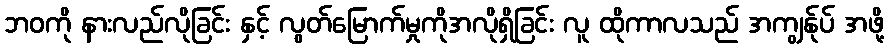
ဘဝကို နားလည်လိုခြင်း နှင့် လွတ်မြောက်မှုကိုအလိုရှိခြင်း လူ ထိုကာလသည် အကျွန်ုပ် အဖို့